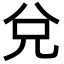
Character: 兌